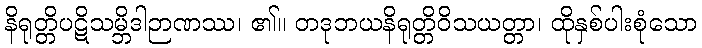
နိရုတ္တိပဋိသမ္ဘိဒါဉာဏဿ၊ ၏။ တဒုဘယနိရုတ္တိဝိသယတ္တာ၊ ထိုနှစ်ပါးစုံသော